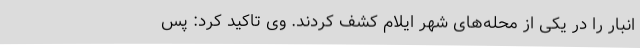
انبار را در یکی از محله‌های شهر ایلام کشف کردند. وی تاکید کرد: پس